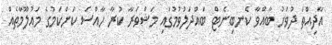
އާދިއްތަ ދުވަހު ބާއްވާ ކެނބިނެޓް ބައްދަލުވުމުގައި މަޝްވަރާ ކުރާ ހާއްސަ ކަންކަމުގެ މައުލޫމާތެއް